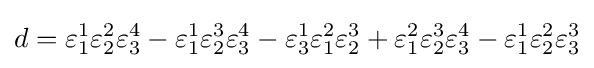
d=\varepsilon _{1}^{1}\varepsilon _{2}^{2}\varepsilon _{3}^{4}-\varepsilon _{1}^{1}\varepsilon _{2}^{3}\varepsilon _{3}^{4}-\varepsilon _{3}^{1}\varepsilon _{1}^{2}\varepsilon _{2}^{3}+\varepsilon _{1}^{2}\varepsilon _{2}^{3}\varepsilon _{3}^{4}-\varepsilon _{1}^{1}\varepsilon _{2}^{2}\varepsilon _{3}^{3}